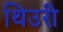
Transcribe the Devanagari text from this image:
थिउरी